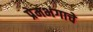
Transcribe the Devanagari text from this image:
प्रेमभंगाचे